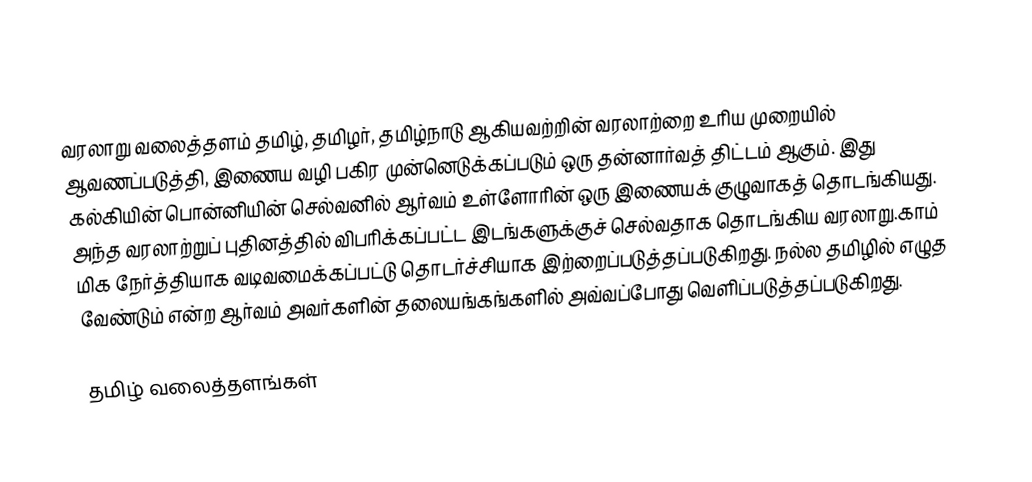
வரலாறு வலைத்தளம் தமிழ், தமிழர், தமிழ்நாடு ஆகியவற்றின் வரலாற்றை உரிய முறையில் ஆவணப்படுத்தி, இணைய வழி பகிர முன்னெடுக்கப்படும் ஒரு தன்னார்வத் திட்டம் ஆகும்.  இது கல்கியின் பொன்னியின் செல்வனில் ஆர்வம் உள்ளோரின் ஒரு இணையக் குழுவாகத் தொடங்கியது. அந்த வரலாற்றுப் புதினத்தில் விபரிக்கப்பட்ட இடங்களுக்குச் செல்வதாக தொடங்கிய வரலாறு.காம் மிக நேர்த்தியாக வடிவமைக்கப்பட்டு தொடர்ச்சியாக இற்றைப்படுத்தப்படுகிறது. நல்ல தமிழில் எழுத வேண்டும் என்ற ஆர்வம் அவர்களின் தலையங்கங்களில் அவ்வப்போது வெளிப்படுத்தப்படுகிறது.

தமிழ் வலைத்தளங்கள்